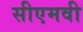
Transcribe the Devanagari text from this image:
सीएमवी